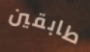
طابقين